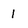
Character: 1